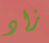
زاد